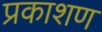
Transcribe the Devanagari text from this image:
प्रकाशण